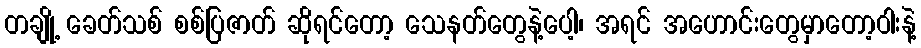
တချို့ ခေတ်သစ် စစ်ပြဇာတ် ဆိုရင်တော့ သေနတ်တွေနဲ့ပေါ့၊ အရင် အဟောင်းတွေမှာတော့ဝါးနဲ့